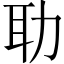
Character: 𦔳